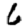
Digit: 6